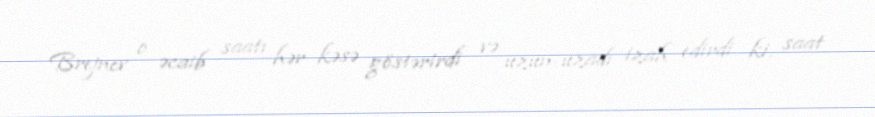
Brejnev o əcaib saatı hər kəsə göstərirdi və uzun-uzadı izah edirdi ki, saat